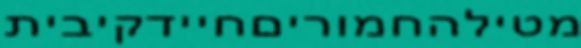
מטילהחמוריםחיידקיבית